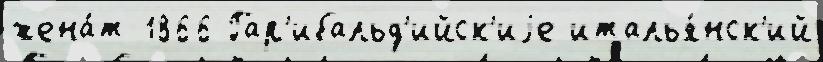
жена́т 1866 Гар'ибальд'ийск'иjе италья́нск'ий